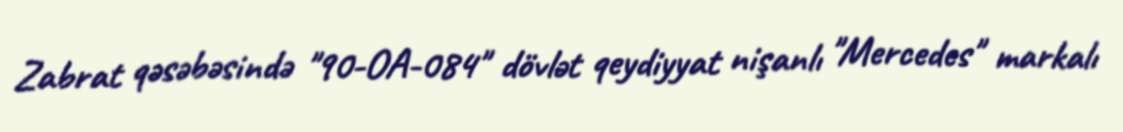
Zabrat qəsəbəsində "90-OA-084" dövlət qeydiyyat nişanlı "Mercedes" markalı